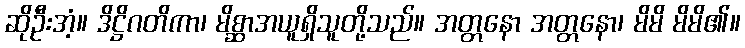
ဆိုဦးအံ့။ ဒိဋ္ဌိဂတိကာ၊ မိစ္ဆာအယူရှိသူတို့သည်။ အတ္တနော အတ္တနော၊ မိမိ မိမိ၏။